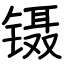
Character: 镊